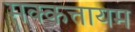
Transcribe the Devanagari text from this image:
मक्कत्तायम